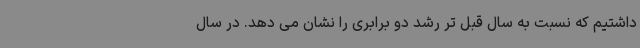
داشتیم که نسبت به سال قبل تر رشد دو برابری را نشان می دهد. در سال